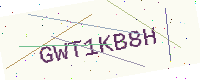
Text: GWT1KB8H